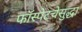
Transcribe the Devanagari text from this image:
फॉस्पेटचेसुद्धा